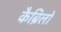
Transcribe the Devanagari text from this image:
कैब्रिलो